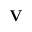
\mathbf { V }